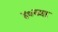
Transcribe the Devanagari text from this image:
४०च्या